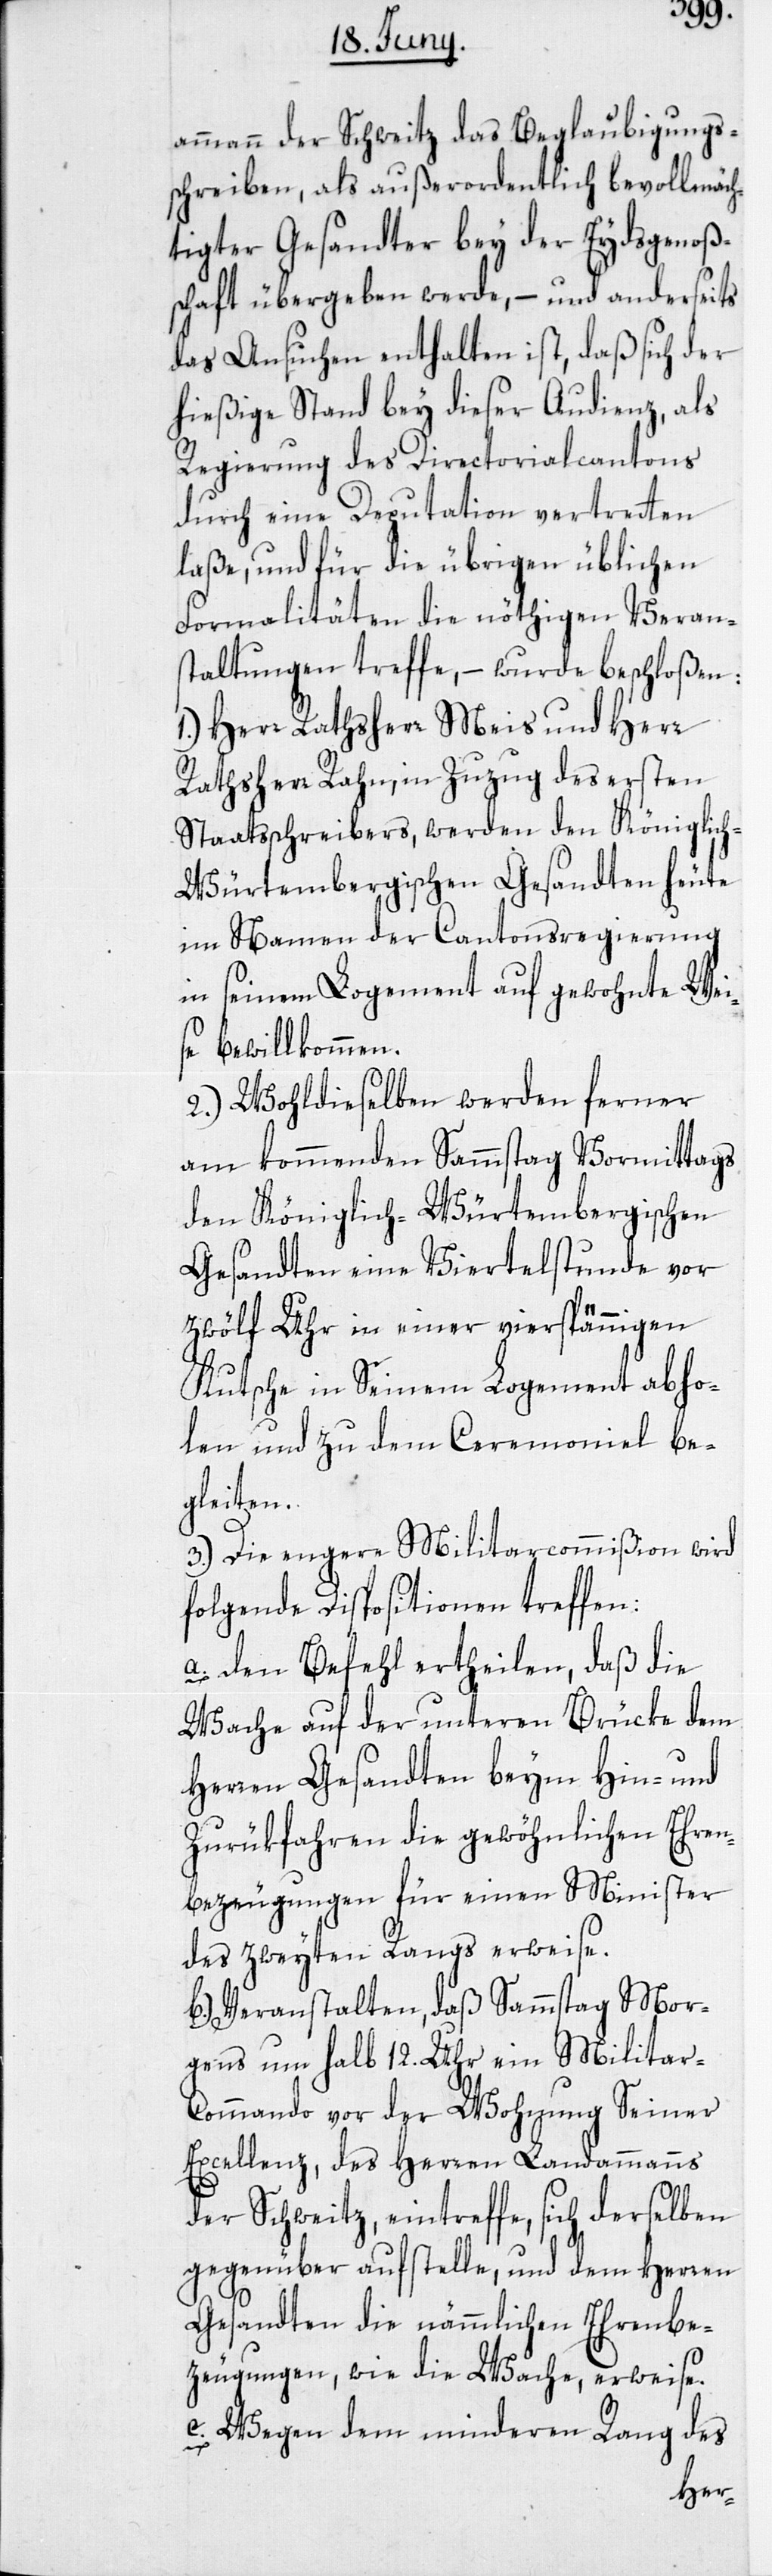
ammann der Schweitz das Beglaubigungs¬
schreiben, als außerordentlich bevollmäch¬
tigter Gesandter bey der Eydsgenoß¬
schaft übergeben werde, – und anderseits
das Ansuchen enthalten ist, daß sich der
hießige Stand bey dieser Audienz, als
Regierung des Directorialcantons
durch eine Deputation vertretten
laße, und für die übrigen üblichen
Formalitäten die nöthigen Veran¬
staltungen treffe, – wurde beschloßen:
1.) Herr Rathsherr Meis und Herr
Rathsherr Rahn, in Zuzug des ersten
Staatsschreibers, werden den Königlic¬
h-Würtembergischen Gesandten heute
im Namen der Cantonsregierung
in seinem Logement auf gewohnte Wei¬
se bewillkommen.
2.) Wohldieselben werden ferner
am kommenden Sammstag Vormittags
den Königlich-Würtembergischen
Gesandten eine Viertelstunde vor
zwölf Uhr in einer vierspännigen
Kutsche in Seinem Logement abho¬
len und zu dem Ceremoniell be¬
gleiten.
3.) Die engere Militarcommißion wird
folgende Dispositionen treffen:
a. Den Befehl ertheilen, daß die
Wache auf der unteren Brücke dem
Herren Gesandten beym Hin- und
Zurükfahren die gewöhnlichen Ehren¬
bezeugungen für einen Minister
des zweyten Rangs erweise.
b. Veranstalten, daß Sammstag Mor¬
gens um halb 12. Uhr ein Militar-C¬
ommando vor der Wohnung Seiner
Excellenz, des Herren Landammanns
der Schweitz, eintreffe, sich derselben
gegenüber aufstelle und dem Herren
Gesandten die nämmliche Ehrenbe¬
zeugungen, wie die Wache, erweise.
c. Wegen dem minderen Rang des